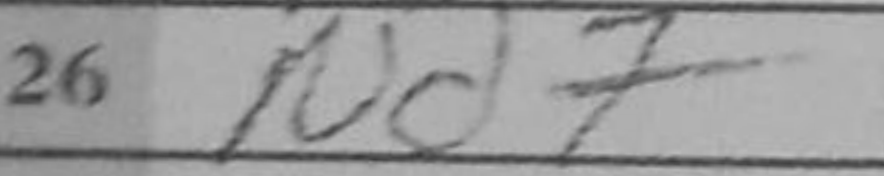
Transcription: Nd7